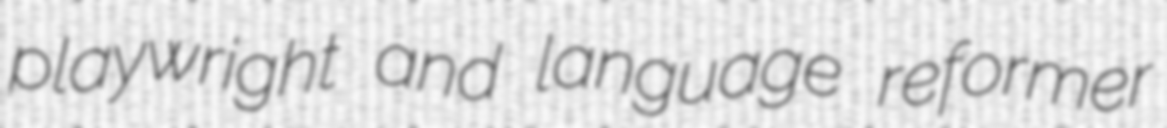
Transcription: playwright and language reformer